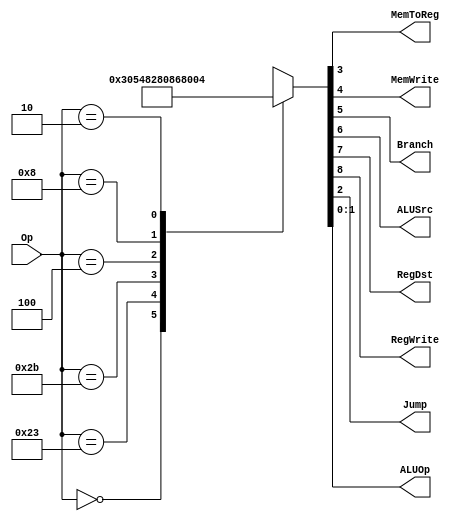
module MainDec(
    input [5:0] Op,
    output MemToReg,MemWrite,
    output Branch,ALUSrc,
    output RegDst,RegWrite,
    output Jump,
    output [1:0] ALUOp);
    
    reg [8:0] Controls;
    
    assign {RegWrite,RegDst,ALUSrc,Branch,MemWrite,MemToReg,Jump,ALUOp}=Controls;
    
    always @(*)
        case(Op)
            6'b000000: Controls <=9'b110000010;//R(ADD,SUB,or,xor,nor)TYPE
            6'b100011: Controls <=9'b101001000;//LW
            6'b101011: Controls <=9'b001010000;//SW
            6'b000100: Controls <=9'b000100001;//BEQ
            6'b001000: Controls <=9'b101000000;//ADDI
            6'b000010: Controls <=9'b000000100;//J
            default:   Controls <=9'bxxxxxxxxx;//illegal Op
        endcase
endmodule